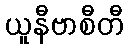
ယူနီဗာစီတီ